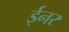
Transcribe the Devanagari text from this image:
ईनर